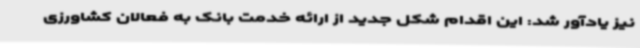
نیز یادآور شد: این اقدام شکل جدید از ارائه خدمت بانک به فعالان کشاورزی